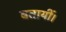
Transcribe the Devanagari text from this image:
बतायीं।